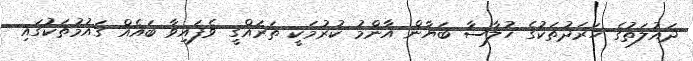
ދައުލަތުގެ ހަރަދުތަކުގެ ހުލާސާ ބަޔާން އާންމު ކުރުމަކީ ތަރައްގީ ވެފައިވާ ބައެއް ގައުމުތަކުގައި